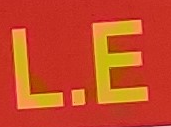
L.E